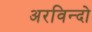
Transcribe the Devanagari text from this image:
अरविन्दो